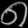
Digit: ၈